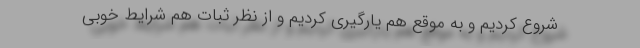
شروع کردیم و به موقع هم یارگیری کردیم و از نظر ثبات هم شرایط خوبی